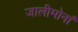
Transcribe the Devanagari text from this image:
जालीमोनां